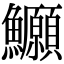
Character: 𫚆